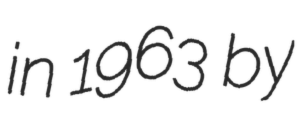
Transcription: in 1963 by